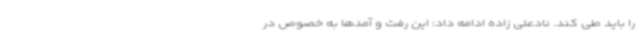
را باید طی کند. نادعلی زاده ادامه داد: این رفت و آمدها به خصوص در